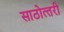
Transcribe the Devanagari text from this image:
साठोत्‍तरी